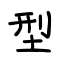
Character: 型